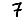
Digit: 7